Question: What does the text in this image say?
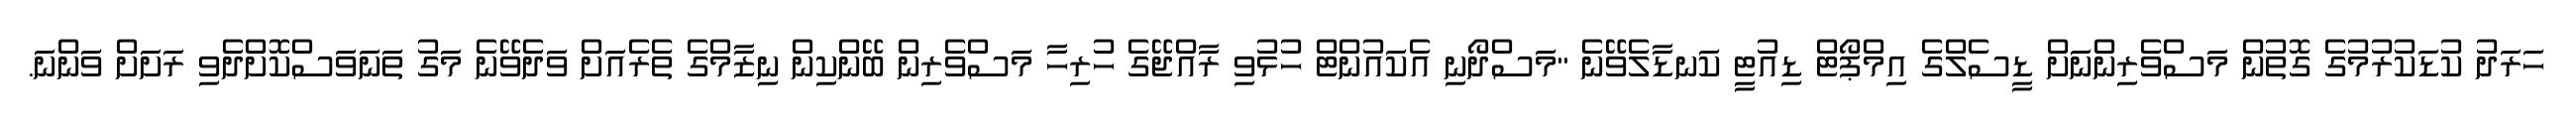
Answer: ހަރަދު ކުޑަކުރުމުގެ ގޮތުން މަސްވެރިންނަށް ޑީސެލްގެ އިމްޕޯޓް ޑިއުޓީ ކަނޑާލެވޭނެ "މަސްދޯނި އެކައުންޓް ހުޅުވި ރާއްޖޭގެ ހުރިހާ މަސްވެރިން ބޭންކިން ނިޒާމްގެ ތެރެއަށް ވަދެވޭނެ މަގު ތަނަވަސްކޮށްދެވި ރަށަށް ވަންނަ.